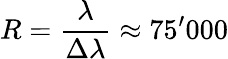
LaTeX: R=\frac{\lambda}{\Delta{}\lambda}\approx 75^{\prime}000